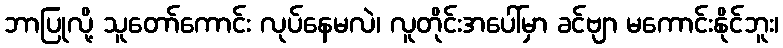
ဘာပြုလို့ သူတော်ကောင်း လုပ်နေမလဲ၊ လူတိုင်းအပေါ်မှာ ခင်ဗျာ မကောင်းနိုင်ဘူး၊